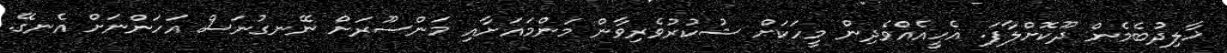
ޚާލިދުބެމެން ދޫކޮށްލާފަ. އެހީއެއްވެދިން މީހަކަށް ޝުކުރުވެރިވާން މަންމައަށާއި މަންސޫރަށް ނޭނގުނަސް އަހަންނަށް އެނގޭ.